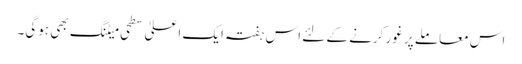
اس معاملے پر غور کرنے کے لئے اس ہفتہ ایک اعلیٰ سطحی میٹنگ بھی ہوگی۔